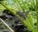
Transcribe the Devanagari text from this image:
चोह